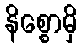
နိစ္စောမှိ